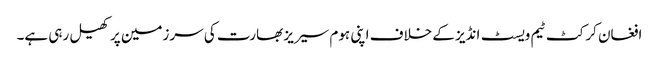
افغان کرکٹ ٹیم ویسٹ انڈیز کے خلاف اپنی ہوم سیریز بھارت کی سرزمین پر کھیل رہی ہے۔